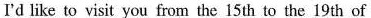
I'd like to visit you from the 15 th to the 19 th of